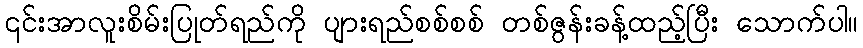
၎င်းအာလူးစိမ်းပြုတ်ရည်ကို ပျားရည်စစ်စစ် တစ်ဇွန်းခန့်ထည့်ပြီး သောက်ပါ။